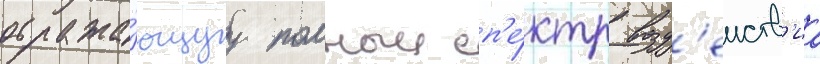
отража́ющуу полныи сп'е́ктр возд'еиств'иа